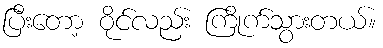
ပြီးတော့ ဝိုင်လည်း ကြိုက်သွားတယ်။